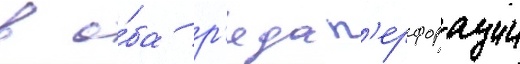
в о́ба р'яда п'ерфорации